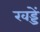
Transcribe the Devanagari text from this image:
खड्डें